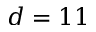
d = 1 1